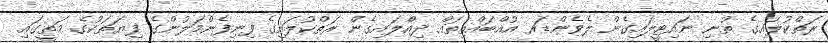
ރަތްކުލައިގެ ތުނި ނައިޓީލައިގެން ލެވެންޑަރ އުއްބައްތިތައް ދިއްލައިގެން ރަތްކުލައިގެ ފިނިފެންމަލުންގެ ފިޔަތަކުގެ މަތީގައި